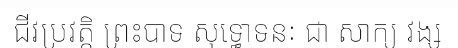
ជីវប្រវត្តិ ព្រះបាទ សុទ្ធោទនៈ ជា សាក្យ វង្ស